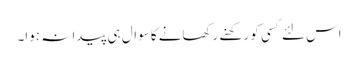
اس لئے کسی کو رکھنے رکھانے کا سوال ہی پیدا نہ ہوا۔